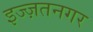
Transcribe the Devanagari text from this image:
इज्ज़तनगर